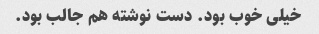
خیلی خوب بود. دست نوشته هم جالب بود.